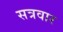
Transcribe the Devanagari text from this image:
सत्रवार